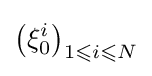
\left(\xi _{0}^{i}\right)_{1\leqslant i\leqslant N}